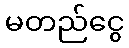
မတည်ငွေ